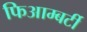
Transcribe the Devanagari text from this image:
फिआम्बर्टी